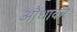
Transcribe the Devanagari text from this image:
आैंधाकर